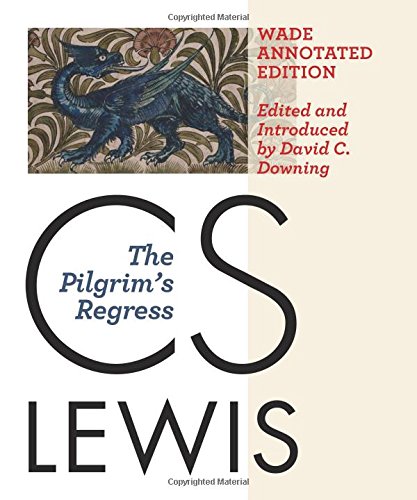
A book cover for The Pilgrim's Regress: The Wade Annotated Edition; C. S. Lewis; Christian Books & Bibles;